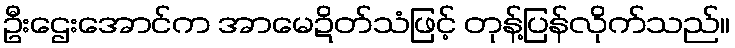
ဦးဌေးအောင်က အာမေဍိတ်သံဖြင့် တုန့်ပြန်လိုက်သည်။